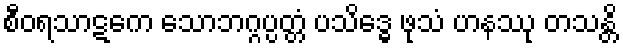
စီဝရသာဋကေ သောဘဂ္ဂပ္ပတ္တံ ပသိဒ္ဓေ ဖုသံ ဟနဿု တသန္တိ